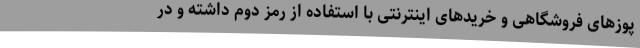
پوزهای فروشگاهی و خریدهای اینترنتی با استفاده از رمز دوم داشته و در